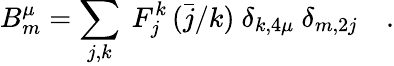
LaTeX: B_{m}^{\mu}=\sum_{j,k}\ F_{j}^{k}\, (\bar{j}/k)\ \delta_{k,4\mu}\ \delta_{m,2j}\quad.